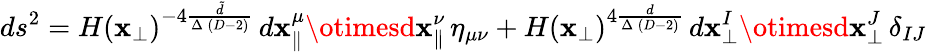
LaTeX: ds^{2}=H(\mathbf{x}_{\perp})^{-4\frac{{\tilde{{d}}}}{{\Delta\, (D-2)}}}\, d\mathbf{x}_{\parallel}^{\mu}\otimesd\mathbf{x}_{\parallel}^{\nu}\, \eta_{\mu\nu}+H(\mathbf{x}_{\perp})^{4\frac{{d}}{{\Delta\, (D-2)}}}\, d\mathbf{x}_{\perp}^{I}\otimesd\mathbf{x}_{\perp}^{J}\, \delta_{IJ}